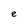
Character: e